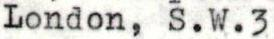
London, S.W.3